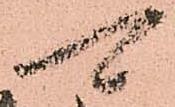
可